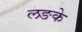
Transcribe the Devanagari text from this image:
लङके